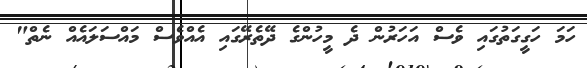
ހަމަ ހަގީގަތުގައި ވެސް އަހަރުން ދެ މީހުންގެ ދޭތެރޭގައި އެއްވެސް މައްސަލައެއް ނެތް"